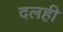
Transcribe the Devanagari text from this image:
दलही